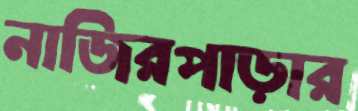
নাজিরপাড়ার